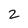
Character: 2